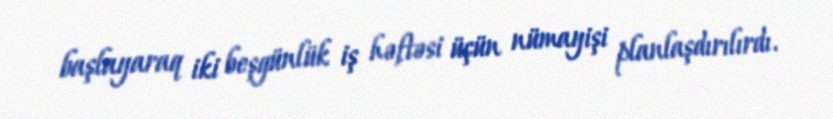
başlayaraq iki beşgünlük iş həftəsi üçün nümayişi planlaşdırılırdı.